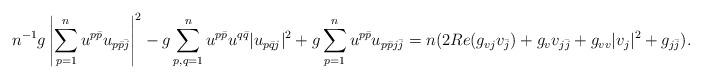
LaTeX: \begin{align*}n^{-1}g \left| \sum _{p=1}^n u^{p\bar p} u_{p\bar p \bar j} \right|^2- g \sum_{p,q=1}^nu^{p\bar p} u^{q\bar q} |u_{p\bar q j}|^2 + g \sum_{p=1}^nu^{p\bar p}u_{p \bar p j \bar j} =n(2 Re( g_{vj} v_{\bar j}) + g_v v_{j\bar j} + g_{vv} |v_j|^2+g_{j\bar j}).\end{align*}